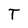
Character: T